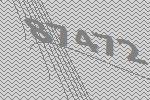
87472